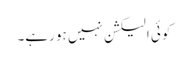
کوئی الیکشن نہیں ہو رہے۔